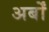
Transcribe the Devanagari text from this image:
अर्बों